Indian journal of veterinary science and animal husbandry - Volumes 26-27, 1956-1957
Year: 1956
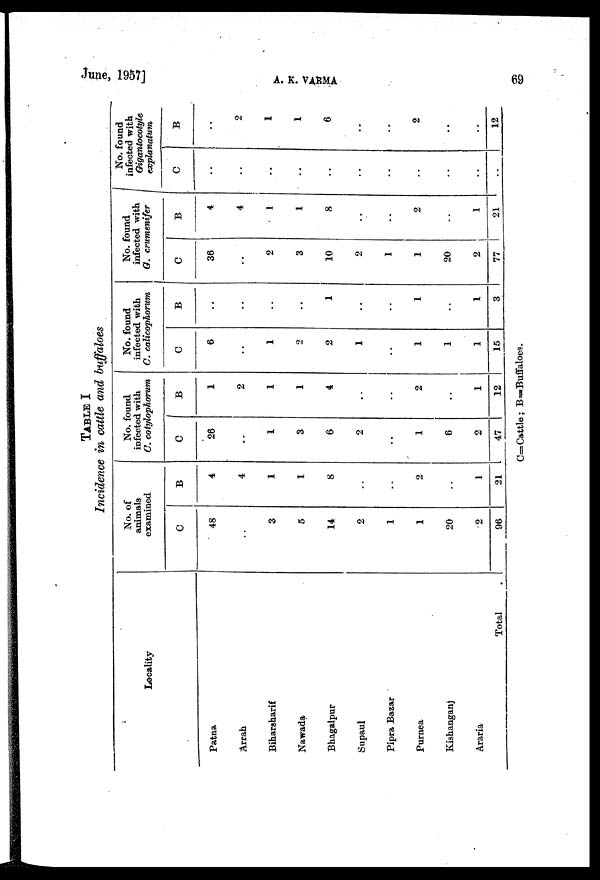
June,
1957]
A. K. VARMA
69
TABLE I
Incidence in cattle and buffaloes
Locality
Patna
Arrah
Biharsharif
Nawada
Bhagalpur
Supaul
Pipra Bazar
Purnea
Kishanganj
Araria
Total .
No. of
animals
examined
C
48
..
3
5
14
2
1
1
20
2
96
B
4
4
1
1
8
..
..
2
..
1
21
No. found
infected with
C. cotylophorum
C
26
..
1
3
6
2
..
1
6
2
47
B
1
2
1
1
4
..
..
2
..
1
12
No. found
infected with
C. calicophorum
C
6
..
1
2
2
1
..
1
1
1
15
B
..
..
..
..
1
..
..
1
..
1
3
No. found
infected with
G. crumenifer
C
36
..
2
3
10
2
1
1
20
2
77
B
4
4
1
1
8
..
..
2
..
1
21
No. found
infected with
Gigantocotyle
explanatum
C
..
..
..
..
..
..
..
..
..
..
B
..
2
1
1
6
..
..
2
..
..
12
C=Cattle ; B= Buffalose.